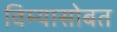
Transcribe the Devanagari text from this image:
विम्यासोबत